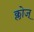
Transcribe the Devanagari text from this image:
क्लोज्